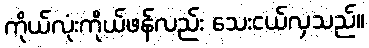
ကိုယ်လုံးကိုယ်ဖန်လည်း သေးငယ်လှသည်။